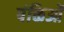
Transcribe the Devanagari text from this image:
पंक्तिओं